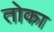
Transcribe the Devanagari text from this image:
तोका